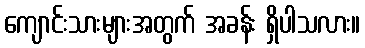
ကျောင်းသားများအတွက် အခန်း ရှိပါသလား။